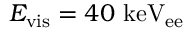
E _ { \mathrm { v i s } } = 4 0 ~ \mathrm { k e V _ { e e } }